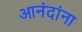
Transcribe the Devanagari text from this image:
आनंदांना